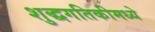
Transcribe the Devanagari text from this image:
शुद्धगतिकीमध्ये